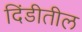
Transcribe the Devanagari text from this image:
दिंडीतील